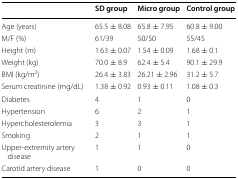
|  | SD group | Micro group | Control group |
 | --- | --- | --- | --- |
 | Age (years) | 65.5 ± 8.08 | 65.8 ± 7.95 | 60.8 ± 9.00 |
 | M/F (%) | 61/39 | 50/50 | 55/45 |
 | Height (m) | 1.63 ± 0.07 | 1.54 ± 0.09 | 1.68 ± 0.1 |
 | Weight (kg) | 70.0 ± 8.9 | 62.4 ± 5.4 | 90.1 ± 29.9 |
 | BMI (kg/m2) | 26.4 ± 3.83 | 26.21 ± 2.96 | 31.2 ± 5.7 |
 | Serum creatinine (mg/dL) | 1.38 ± 0.92 | 0.93 ± 0.11 | 1.08 ± 0.3 |
 | Diabetes | 4 | 1 | 0 |
 | Hypertension | 6 | 2 | 1 |
 | Hypercholesterolemia | 3 | 3 | 1 |
 | Smoking | 2 | 1 | 1 |
 | Upper-extremity artery disease | 1 | 1 | 0 |
 | Carotid artery disease | 1 | 0 | 0 |